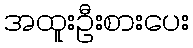
အထူးဦးစားပေး